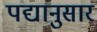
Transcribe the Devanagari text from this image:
पद्यानुसार